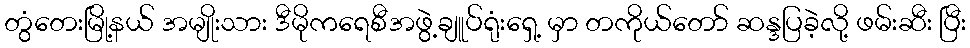
တွံတေးမြို့နယ် အမျိုးသား ဒီမိုကရေစီအဖွဲ့ချူပ်ရုံးရှေ့ မှာ တကိုယ်တော် ဆန္ဒပြခဲ့လို့ ဖမ်းဆီး ပြီး